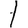
Digit: 1